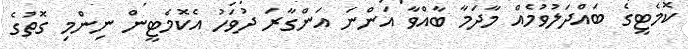
ކޮމެޓީގެ ބައްދަލުވުމެއް މާދަމާ ބާއްވާ އަންނަ އަންގާރަ ދުވަހު އެކޮމެޓީން ނިންމި ގޮތުގެ